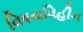
વિષયવિહીન